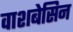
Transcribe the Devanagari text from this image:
वाशबेसिन